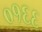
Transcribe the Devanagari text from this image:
०१६६